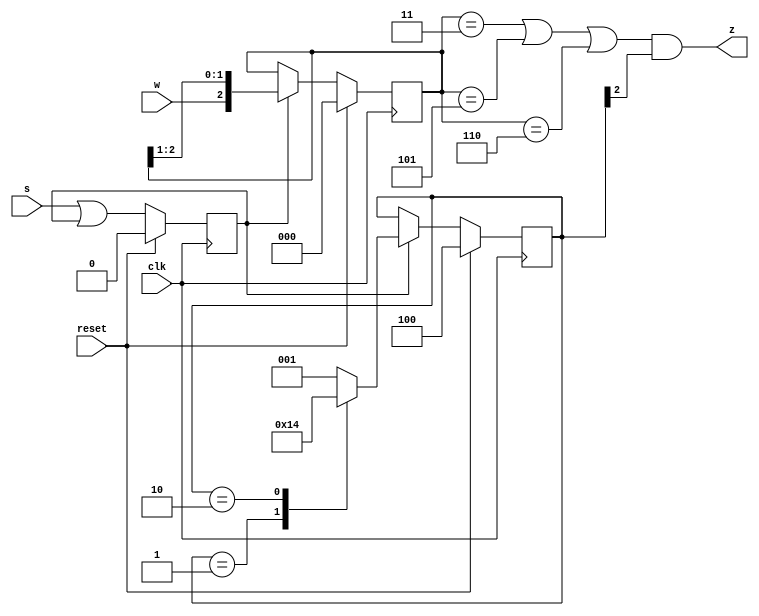
module top_module (
    input clk,
    input reset,   // Synchronous reset
    input s,
    input w,
    output z
);
    reg enabled;
    wire next_enabled = s | enabled;

`ifdef 0
    reg [2:0] history;
    reg [1:0] counter;
    
    always @(posedge clk) begin
        if (reset) begin
            enabled <=  1'b0;
            history <= 3'b0;
            counter <= 2'd3;
        end else begin
            enabled <= next_enabled;
            history <= { w, history[2:1] };
            if (enabled) begin
                counter <= (counter < 2'd2)? counter + 2'd1 : 2'd0;
            end
        end
    end
    
    assign z = ((history == 3'b011) | (history == 3'b101) | (history == 3'b110)) & (counter == 2'd2);
`else
    reg [2:0] state;
    wire [2:0] next_state;
    reg [2:0] history;
    
    always @(*) begin
        case (state)
            3'b001: next_state = 3'b010;
            3'b010: next_state = 3'b100;
            default: next_state = 3'b001;
        endcase
    end
    
    always @(posedge clk) begin
        if (reset) begin
            enabled <=  1'b0;
            state <= 3'b100;
            history <= 3'b000;
        end else begin
            enabled <= next_enabled;
            if (enabled) begin
            	state <= next_state;
            	history <= { w, history[2:1] };
            end
        end
    end
    
    assign z = ((history == 3'b011) | (history == 3'b101) | (history == 3'b110)) & state[2];
`endif
endmodule